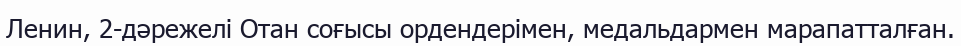
Ленин, 2-дәрежелі Отан соғысы ордендерімен, медальдармен марапатталған.